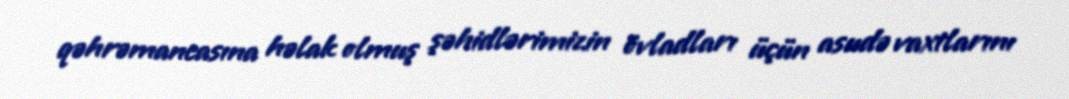
qəhrəmancasına həlak olmuş şəhidlərimizin övladları üçün asudə vaxtlarını